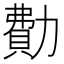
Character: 𠢥